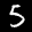
Label: 5